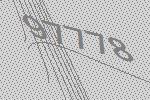
97778